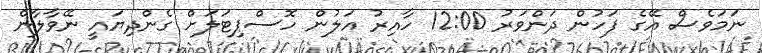
ނަމަވެސް އޭގެ ފަހުން ދަންވަރު 12:00 ހާއިރު އަލުން ހޮސްޕިޓަލަށް ގެންދިޔައީ ނޭވާލާން